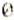
0